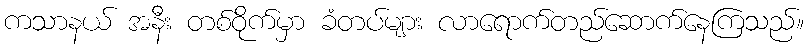
ကသာနယ် အနီး တစ်ဝိုက်မှာ ခံတပ်များ လာရောက်တည်ဆောက်နေကြသည်။